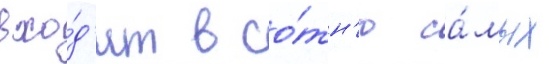
вхо́д'ит в со́тн'ю са́мых